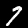
Digit: 7